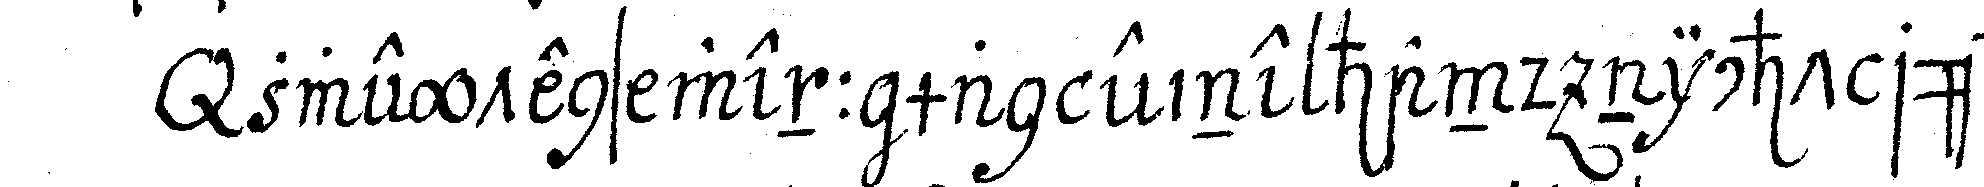
zweytens wenn man eine hand nicht rühret